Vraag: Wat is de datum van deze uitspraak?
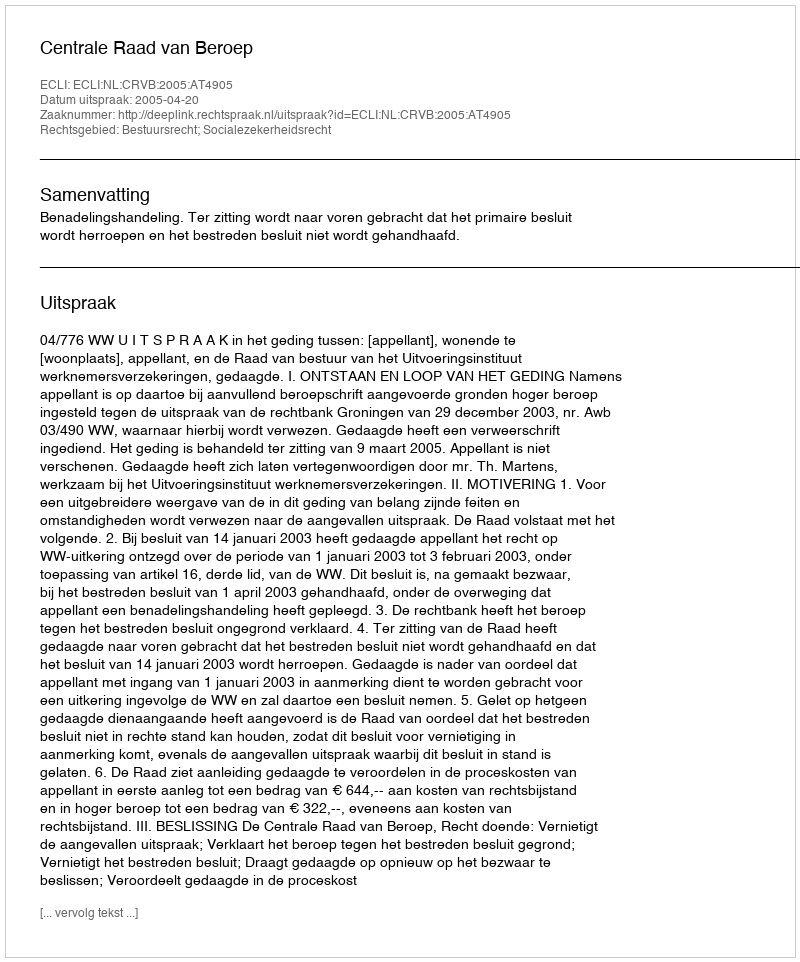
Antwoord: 2005-04-20